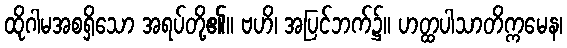
ထိုဂါမအစရှိသော အရပ်တို့၏။ ဗဟိ၊ အပြင်ဘက်၌။ ဟတ္ထပါသာတိက္ကမေန၊